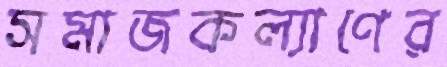
সমাজকল্যাণের